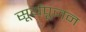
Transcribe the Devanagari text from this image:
सूर्यपूजन